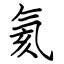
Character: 氦